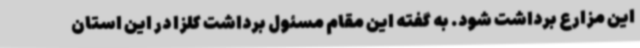
این مزارع برداشت شود. به گفته این مقام مسئول برداشت کلزا در این استان